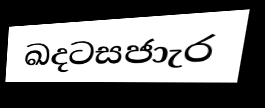
ඛදටසජාැර